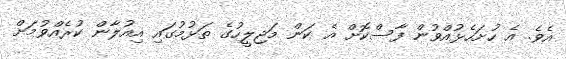
އެވެ. އެ ހުށަހެޅުއްވުން ފާސްކޮށް އެ ކަން މަޖިލީހުގެ ތަޅުމުގައި އިއުލާން ކުރެއްވުމަށް